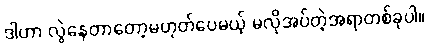
ဒါဟာ လွဲနေတာတော့မဟုတ်ပေမယ့် မလိုအပ်တဲ့အရာတစ်ခုပါ။